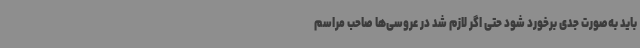
باید به‌صورت جدی برخورد شود حتی اگر لازم شد در عروسی‌ها صاحب مراسم